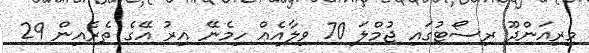
މިރިއަންދޫ ރިސޯޓުގައި ޖުމްލަ 70 ވިލާއެއް ހިމެނޭ އިރު އޭގެ ތެރެއިން 29